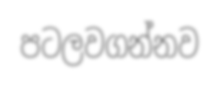
පටලවගන්නව